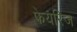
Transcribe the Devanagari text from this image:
फेयरिज